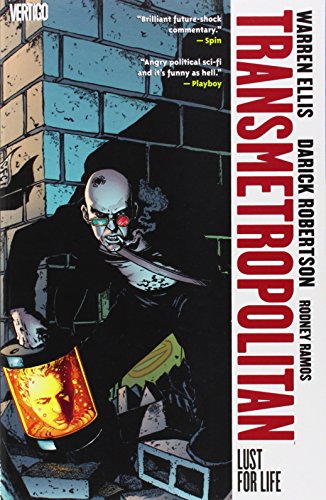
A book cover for Transmetropolitan, Vol. 2: Lust For Life; Warren Ellis; Comics & Graphic Novels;